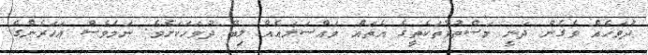
ދުވަހެއް ވެގެން ދަނީ މަސްތުވާތަކެތީގެ އެތައް މައްސަލައެއް ލިބޭ ދުވަހަކަށެވެ. ނަމަވެސް އަހަރެންގެ